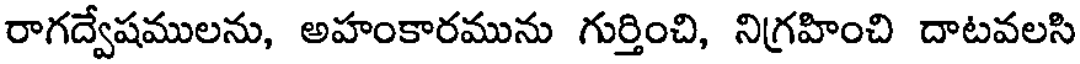
రాగద్వేషములను, అహంకారమును గుర్తించి, నిగ్రహించి దాటవలసి